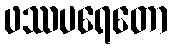
ဖဿပရေတော